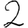
Digit: 2